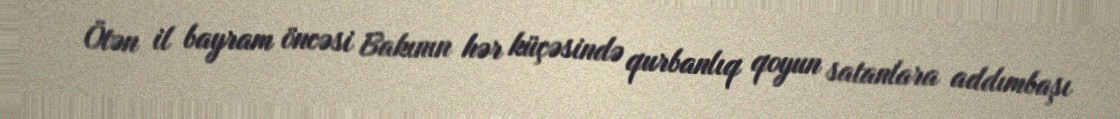
Ötən il bayram öncəsi Bakının hər küçəsində qurbanlıq qoyun satanlara addımbaşı